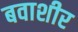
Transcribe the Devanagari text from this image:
बवाशीर